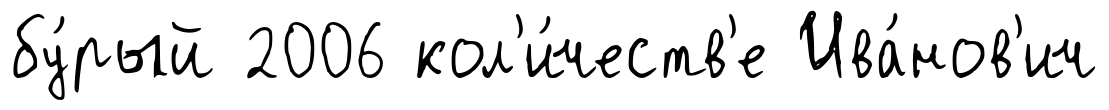
бу́рый 2006 кол'и́честв'е Ива́нов'ич